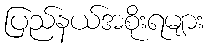
ပြည်နယ်အစိုးရများ